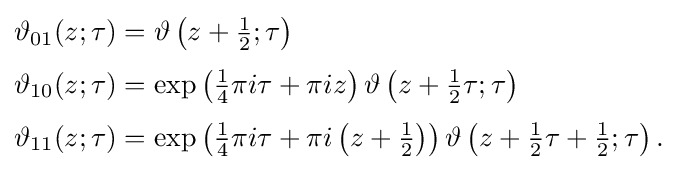
{\begin{aligned}\vartheta _{01}(z;\tau )&=\vartheta \left(z+{\tfrac {1}{2}};\tau \right)\\[3pt]\vartheta _{10}(z;\tau )&=\exp \left({\tfrac {1}{4}}\pi i\tau +\pi iz\right)\vartheta \left(z+{\tfrac {1}{2}}\tau ;\tau \right)\\[3pt]\vartheta _{11}(z;\tau )&=\exp \left({\tfrac {1}{4}}\pi i\tau +\pi i\left(z+{\tfrac {1}{2}}\right)\right)\vartheta \left(z+{\tfrac {1}{2}}\tau +{\tfrac {1}{2}};\tau \right).\end{aligned}}